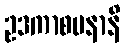
ဥဒကာစမနာနိ